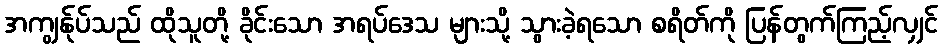
အကျွန်ုပ်သည် ထိုသူတို့ ခိုင်းသော အရပ်ဒေသ များသို့ သွားခဲ့ရသော စရိတ်ကို ပြန်တွက်ကြည့်လျှင်